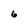
Character: 6